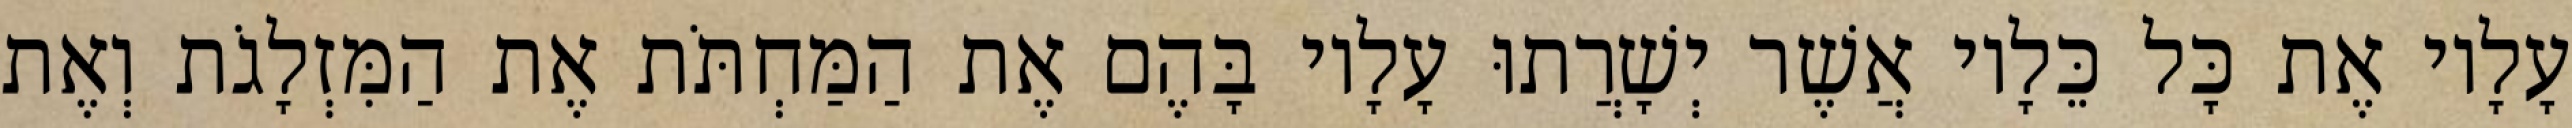
עָלָיו אֶת כָּל כֵּלָיו אֲשֶׁר יְשָׁרֲתוּ עָלָיו בָּהֶם אֶת הַמַּחְתֹּת אֶת הַמִּזְלָגֹת וְאֶת